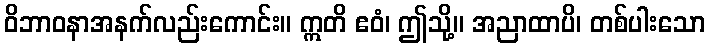
ဝိဘာဝနာအနက်လည်းကောင်း။ ဣတိ ဧဝံ၊ ဤသို့။ အညာထာပိ၊ တစ်ပါးသော